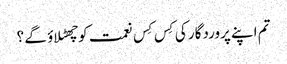
تم اپنے پروردگار کی کِس کِس نعمت کوچھٹلاؤ گے ؟